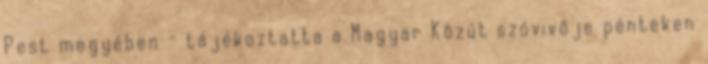
Pest megyében - tájékoztatta a Magyar Közút szóvivője pénteken